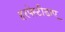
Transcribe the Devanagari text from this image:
हरपेस्टीडाए